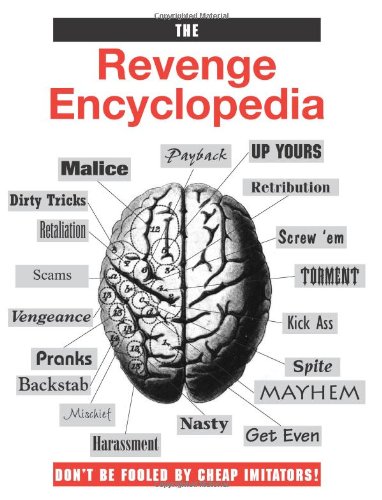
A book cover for The Revenge Encyclopedia; Paladin Press; Reference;